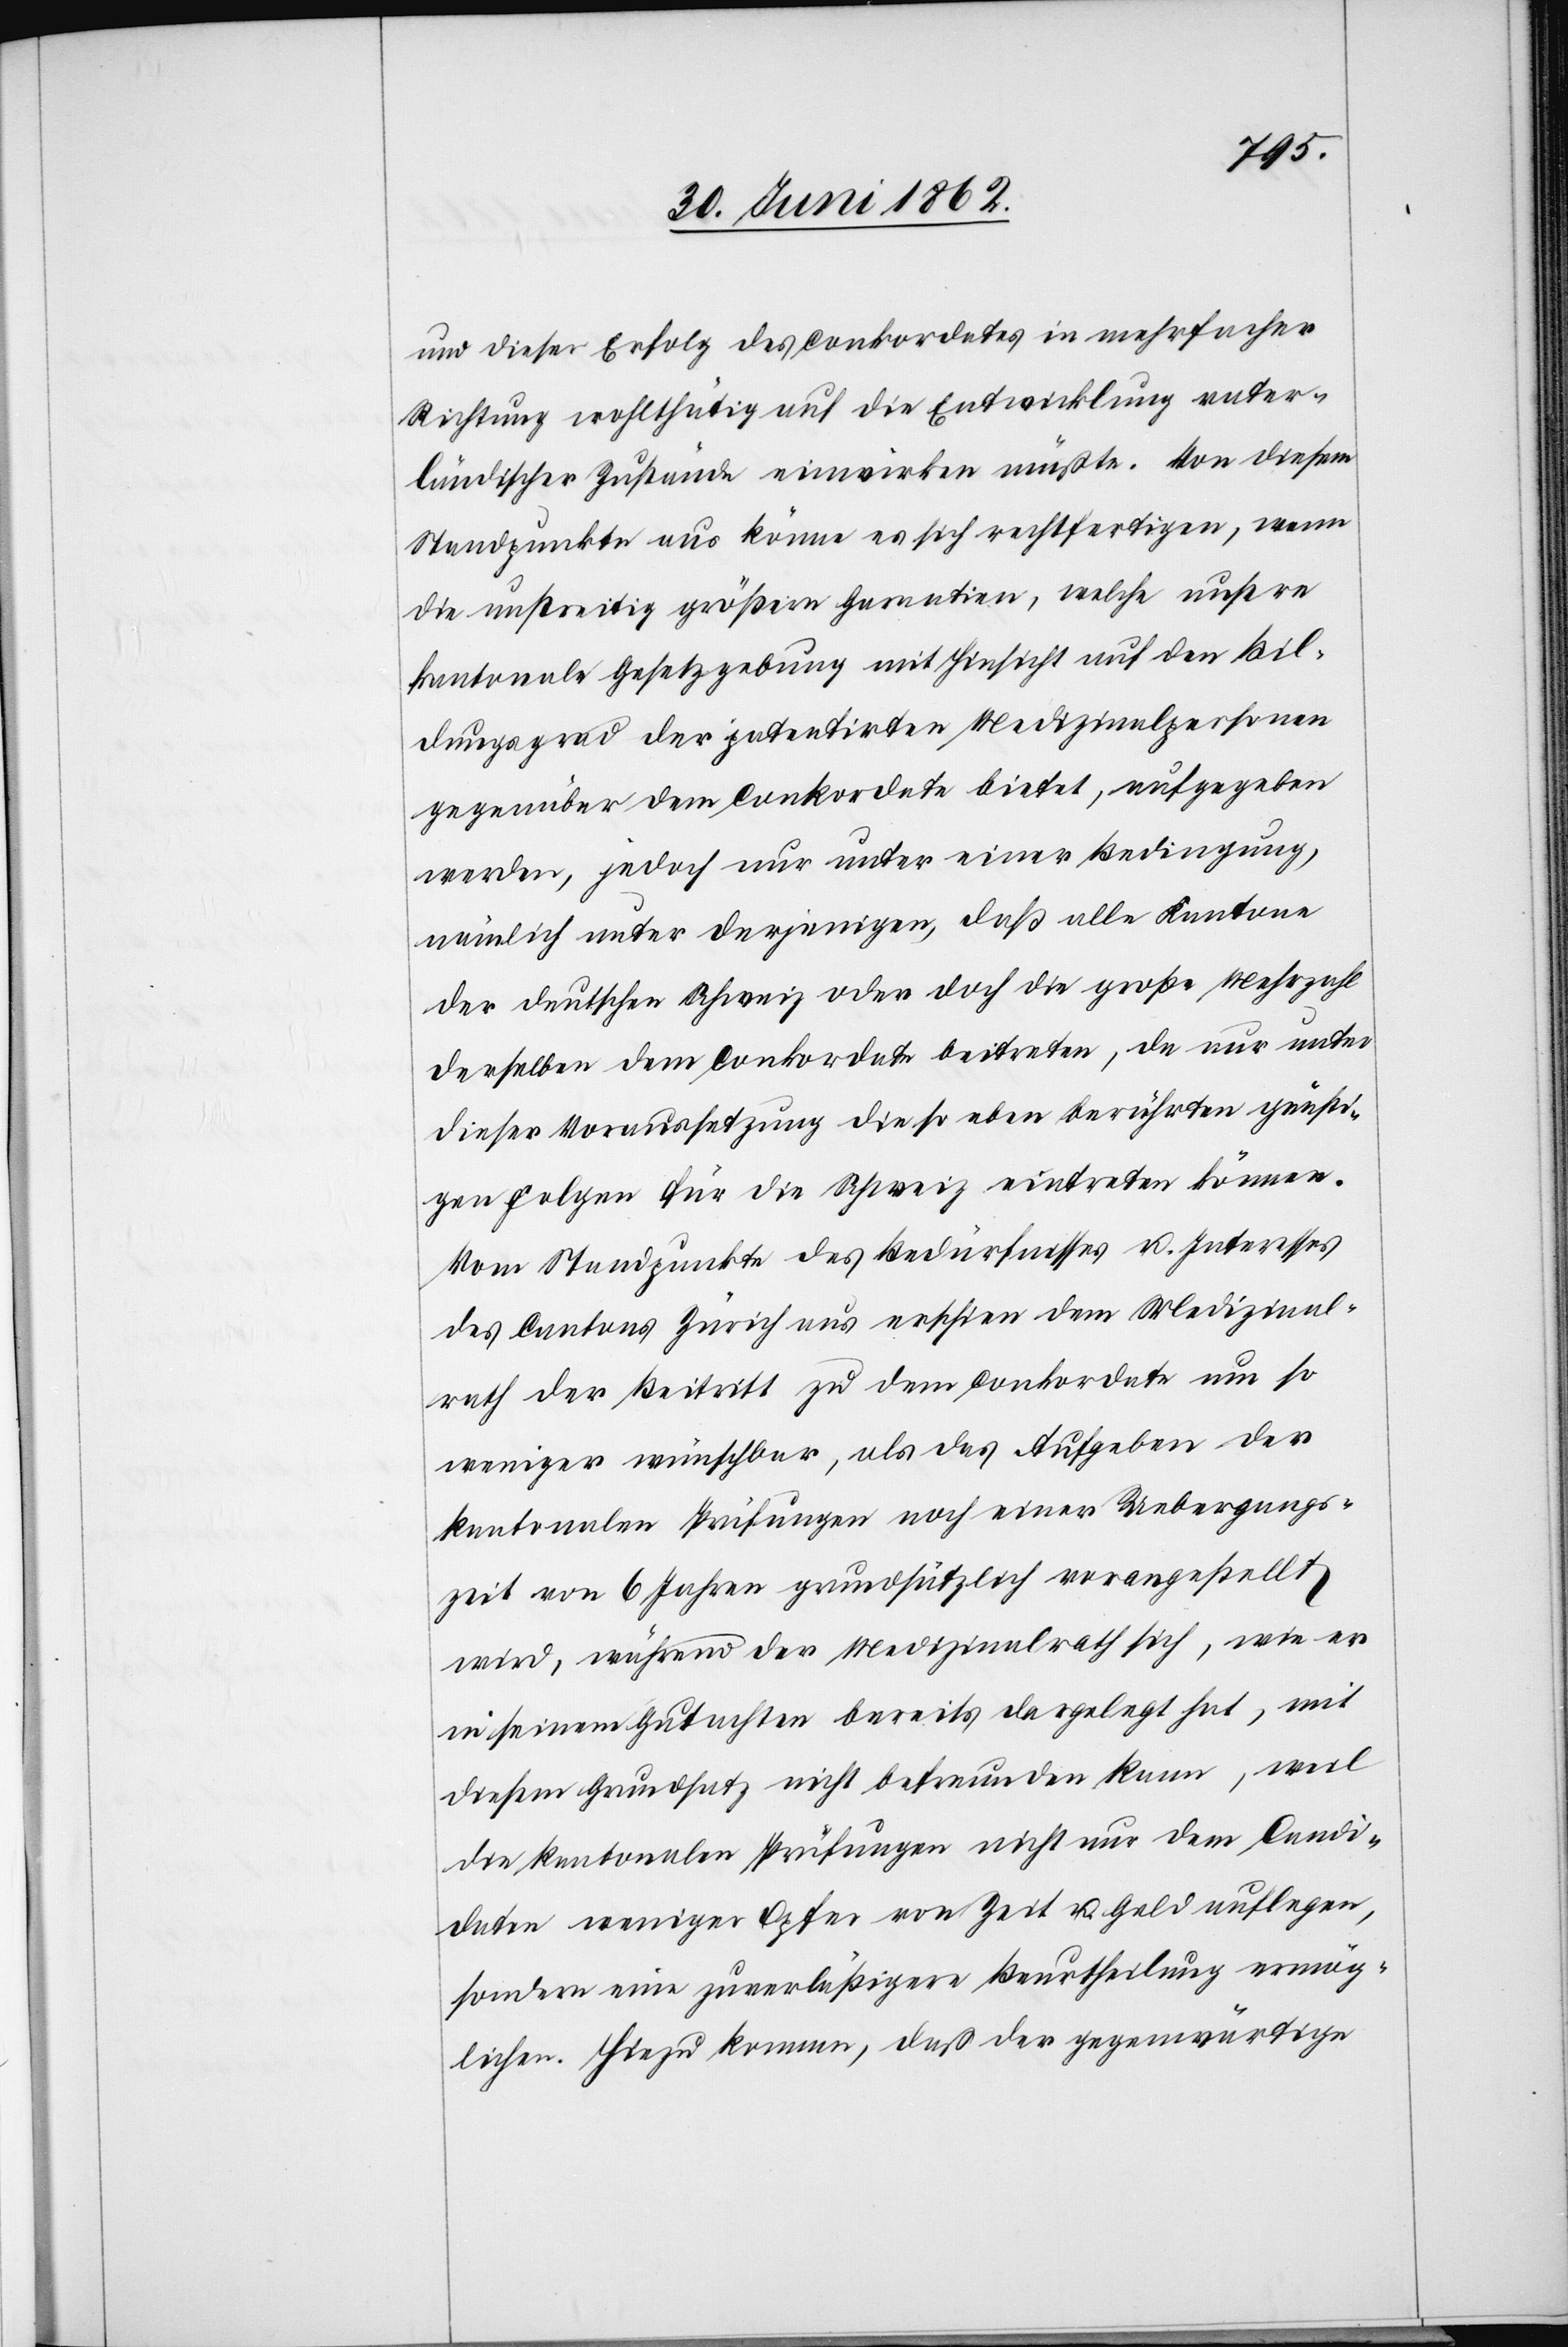
und dieser Erfolg des Conkordates in mehrfacher
Richtung wohlthätig auf die Entwicklung vater¬
ländischer Zustände einwirken müßte. Von diesem
Standpunkte aus könne es sich rechtfertigen, wenn
die unstreitig größern Garantien, welche unsere
kantonale Gesetzgebung mit Hinsicht auf den Bil¬
dungsgrad der patentirten Medizinalpersonen
gegenüber dem Conkordate bietet, aufgegeben
werden, jedoch nur unter einer Bedingung,
nämlich unter derjenigen, daß alle Kantone
der deutschen Schweiz oder doch die große Mehrzahl
derselben dem Conkordate beitreten, da nur unter
dieser Voraussetzung die so eben berührten günsti¬
gen Folgen für die Schweiz eintreten können.
Vom Standpunkte des Bedürfnisses u. Interesses
des Cantons Zürich aus erschien dem Medizinal¬
rath der Beitritt zu dem Conkordate um so
weniger wünschbar, als das Aufgeben der
kantonalen Prüfungen noch einer Uebergangs¬
zeit von 6 Jahren grundsätzlich vorangestellt
wird, während der Medizinalrath sich, wie er
in seinem Gutachten bereits dargelegt hat, mit
diesem Grundsatz nicht befreunden kann, weil
die kantonalen Prüfungen nicht nur dem Candi¬
daten weniger Opfer von Zeit u. Geld auflegen,
sondern eine zuverläßigere Beurtheilung ermög¬
lichen. Hiezu komme, daß der gegenwärtige